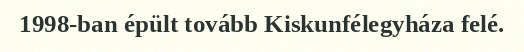
1998-ban épült tovább Kiskunfélegyháza felé.